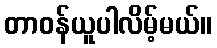
တာဝန်ယူပါလိမ့်မယ်။